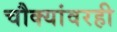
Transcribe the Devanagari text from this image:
चौक्यांवरही